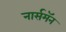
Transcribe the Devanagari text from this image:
नार्समॅन